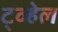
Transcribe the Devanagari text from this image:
ट्व्हेल